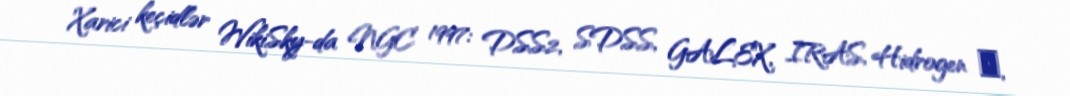
Xarici keçidlər WikiSky-da NGC 1997: DSS2, SDSS, GALEX, IRAS, Hidrogen α,